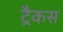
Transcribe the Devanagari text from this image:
ट्रैकस